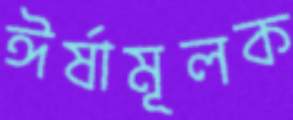
ঈর্ষামূলক